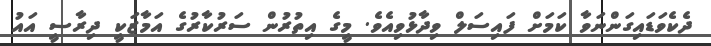
ދެކެވަޑައިގަންނަވާ ކަމަށް ފައިސަލް ވިދާޅުވިއެވެ. މީގެ އިތުރުން ސަރުކާރުގެ އަމާޒަކީ ދިރާސީ އައު